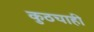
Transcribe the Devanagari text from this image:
कुठचाही